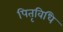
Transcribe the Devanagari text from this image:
पितृविधि